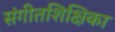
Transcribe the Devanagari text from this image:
संगीतशिक्षिका